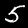
Label: 5